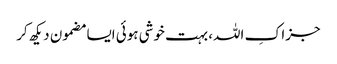
جزاکِ اللہ، بہت خوشی ہوئی ایسا مضمون دیکھ کر